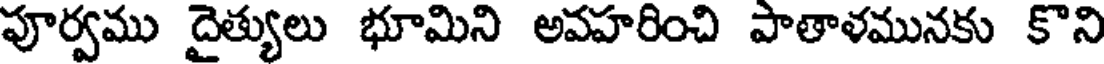
పూర్వము దైత్యులు భూమిని అవహరించి పాతాళమునకు కొని